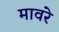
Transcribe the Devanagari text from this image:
मावरे